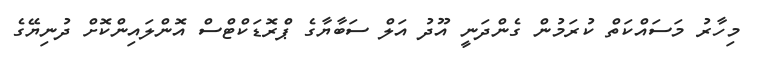
މިހާރު މަސައްކަތް ކުރަމުން ގެންދަނީ އޫދު އަލް ސަބާޔާގެ ޕްެރޮޑަކްޓްސް އޮންލައިންކޮށް ދުނިޔޭގެ